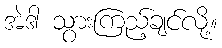
အဲဒါ သွားကြည့်ချင်လို့။